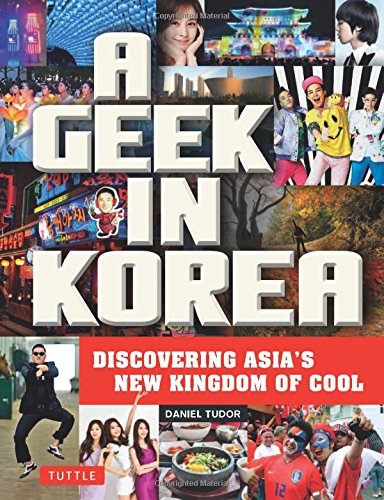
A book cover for A Geek in Korea: Discovering Asian's New Kingdom of Cool; Daniel Tudor; History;